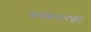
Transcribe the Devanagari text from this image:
कणकेसारख्या